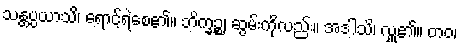
သန္တပ္ပယာသိ၊ ရောင့်ရဲစေ၏။ ဘိက္ခဉ္စ၊ ဆွမ်းကိုလည်း။ အဒါသိ၊ လှူ၏။ တဝ၊